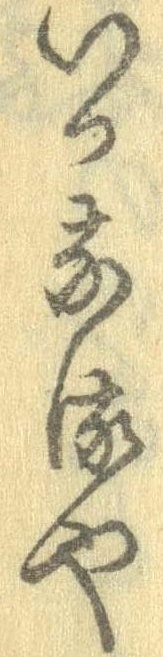
いつなるや